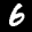
Label: 6